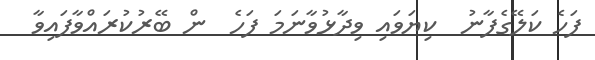
ފަހެ ކަލޭގެފާނު  ކިޔަވައި ވިދާޅުވާނަމަ ފަހެ  ން ބޭރުކުރައްވާފައިވާ